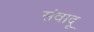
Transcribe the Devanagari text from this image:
संवादू